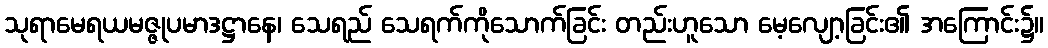
သုရာမေရယမဇ္ဇုပမာဒဋ္ဌာနေ၊ သေရည် သေရက်ကိုသောက်ခြင်း တည်းဟူသော မေ့လျော့ခြင်း၏ အကြောင်း၌။